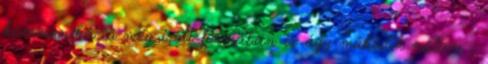
kommunikáció még irott formában is úgy működik nálam ,